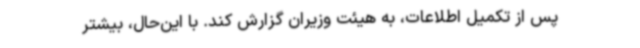
پس از تکمیل اطلاعات، به هیئت وزیران گزارش کند. با این‌حال، بیشتر